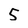
Character: 5